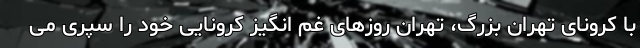
با کرونای تهران بزرگ، تهران روزهای غم انگیز کرونایی خود را سپری می